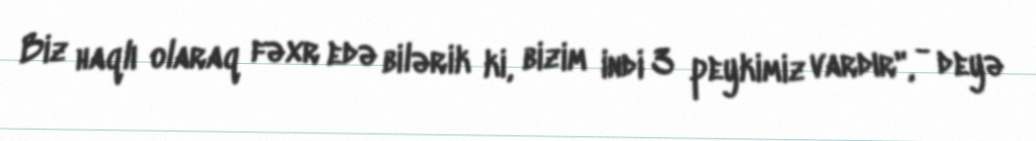
Biz haqlı olaraq fəxr edə bilərik ki, bizim indi 3 peykimiz vardır", - deyə